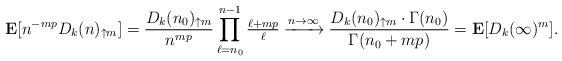
LaTeX: \begin{align*} \mathbf E[n^{-mp}D_k(n)_{\uparrow m}] &= \frac{D_k(n_0)_{\uparrow m}}{n^{mp}}\prod_{\ell=n_0}^{n-1}\tfrac{\ell+mp}\ell \xrightarrow{n\to\infty}\frac{D_k(n_0)_{\uparrow m}\cdot\Gamma(n_0)}{\Gamma(n_0+mp)} = \mathbf E[D_k(\infty)^m]. \end{align*}